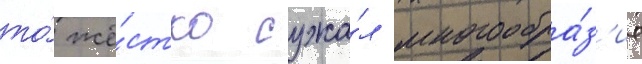
то́ жё́стко сужа́л многообра́з'ие